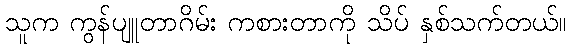
သူက ကွန်ပျူတာဂိမ်း ကစားတာကို သိပ် နှစ်သက်တယ်။